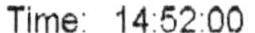
TIME: 14:52:00